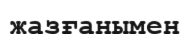
жазғанымен